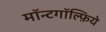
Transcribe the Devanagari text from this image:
मॉन्टगॉल्फ़िये